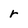
Character: r